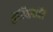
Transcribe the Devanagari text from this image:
गुनियाफॉल